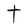
Character: t